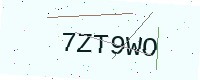
Text: 7ZT9WO